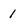
Character: 1